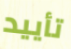
تأييد